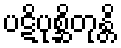
ပဋိပုစ္ဆိတုန္တိ